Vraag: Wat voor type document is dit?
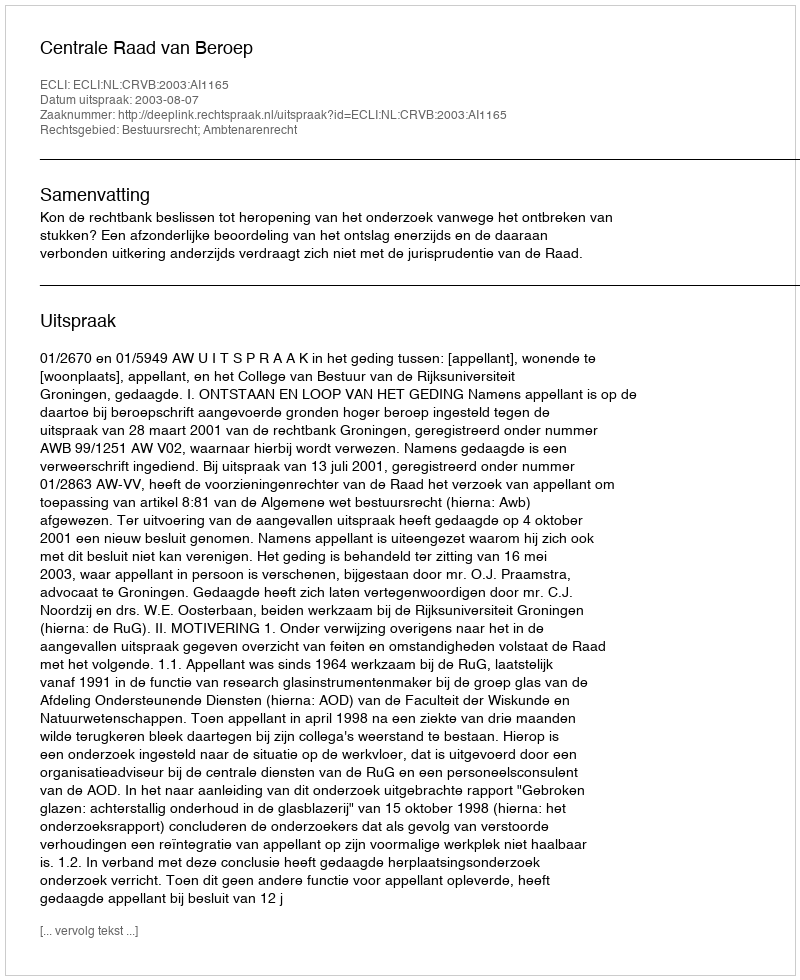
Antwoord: Uitspraak